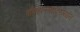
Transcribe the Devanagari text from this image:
बाँबहल्ल्यांदरम्यान